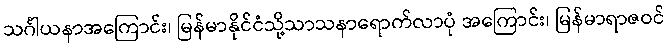
သင်္ဂါယနာအကြောင်း၊ မြန်မာနိုင်ငံသို့သာသနာရောက်လာပုံ အကြောင်း၊ မြန်မာရာဇဝင်